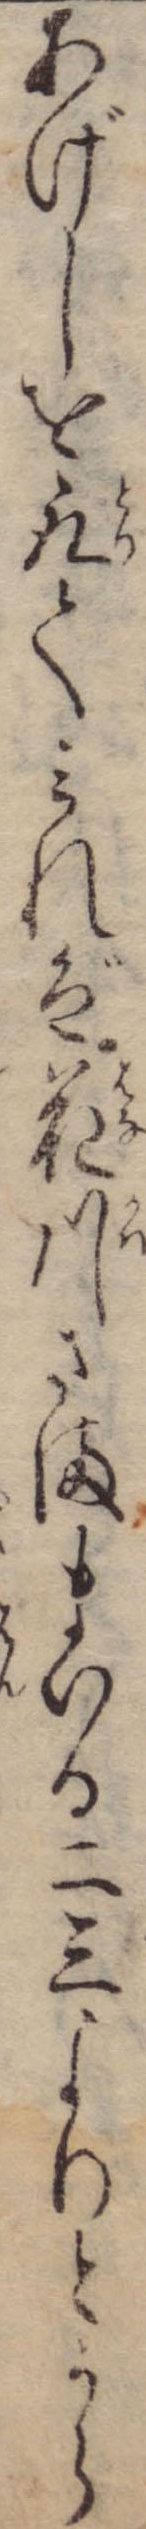
あげしを取てみれば花川さままいる二三よりとうら